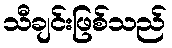
သီချင်းဖြစ်သည်